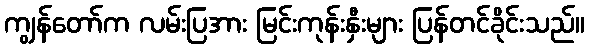
ကျွန်တော်က လမ်းပြအား မြင်းကုန်းနှီးများ ပြန်တင်ခိုင်းသည်။